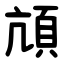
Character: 頏